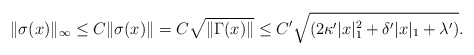
\begin{align*} \|\sigma(x)\|_\infty \le C\|\sigma(x)\| =C\sqrt{\|\Gamma(x)\|} \le C' \sqrt{\left( 2 \kappa' |x|_1^2 +\delta' |x|_1 +\lambda'\right)}.\end{align*}